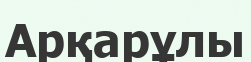
Арқарұлы